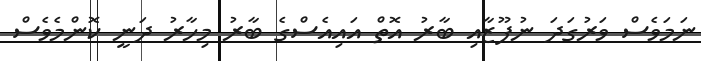
ނަމަވެސް ވަރުގަދަ ނުފޫޒާއި ބާރު އޮތް އައިއެސްގެ ބާރު މިހާރު ދަނީ ކޮންމެވެސް